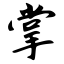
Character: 掌